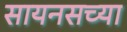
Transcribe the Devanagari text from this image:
सायनसच्या